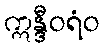
ဣန္ဒီဝရံဝ